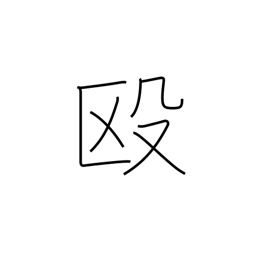
Meaning: beat